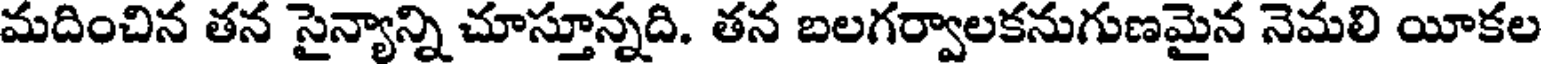
మదించిన తన సైన్యాన్ని చూస్తూన్నది. తన బలగర్వాలకనుగుణమైన నెమలి యీకల